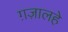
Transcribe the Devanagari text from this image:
ग़ज़ालहे